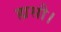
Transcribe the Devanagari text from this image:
ह्यसौ।